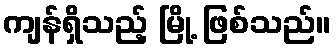
ကျန်ရှိသည့် မြို့ ဖြစ်သည်။